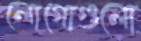
লোগোগুলো